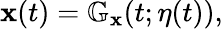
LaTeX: \begin{array}{r}{\mathbf{x}(t)=\mathbb G_{\mathbf{x}}(t;\eta(t)),}\end{array}